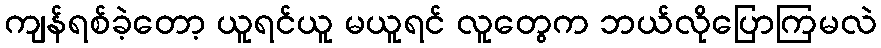
ကျန်ရစ်ခဲ့တော့ ယူရင်ယူ မယူရင် လူတွေက ဘယ်လိုပြောကြမလဲ